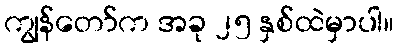
ကျွန်တော်က အခု ၂၅ နှစ်ထဲမှာပါ။